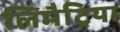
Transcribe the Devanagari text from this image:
लिमैट्रिया